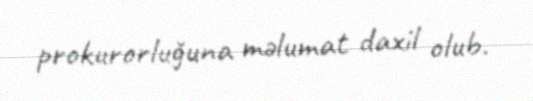
prokurorluğuna məlumat daxil olub.